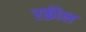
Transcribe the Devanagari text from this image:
रक़ील